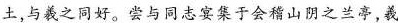
土，与羲之同好。尝与同志宴集于会稽山阴之兰亭，羲